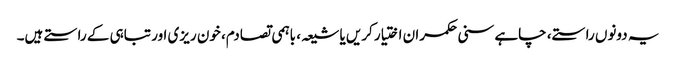
یہ دونوں راستے، چاہے سنی حکمران اختیار کریں یا شیعہ، باہمی تصادم، خون ریزی اور تباہی کے راستے ہیں۔